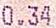
0.34